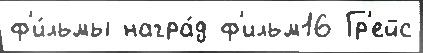
ф'и́льмы награ́д ф'ильм16 Гр'ейс